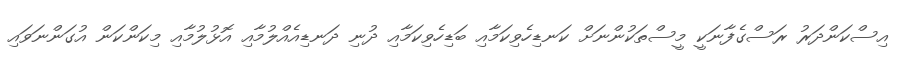
އިސްކަންދަރު ރަސްގެފާނަކީ މީސްތަކުންނަށް ކަނޑިހެވިކަމާއި ބަޑިހެވިކަމާއި ދުނި ދަނޑިއެއްލުމާއި އޮޅުލުމާއި މިކަންކަން އުގަންނަވައި